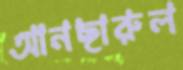
আনছারুল